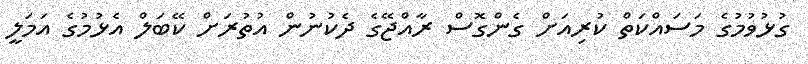
ގުޅުވުމުގެ މަސައްކަތް ކުރިއަށް ގެންގޮސް ރާއްޖޭގެ ދެކުނުން އުތުރަށް ކޭބަލް އެޅުމުގެ އަމަލީ